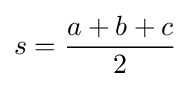
s={\frac {a+b+c}{2}}